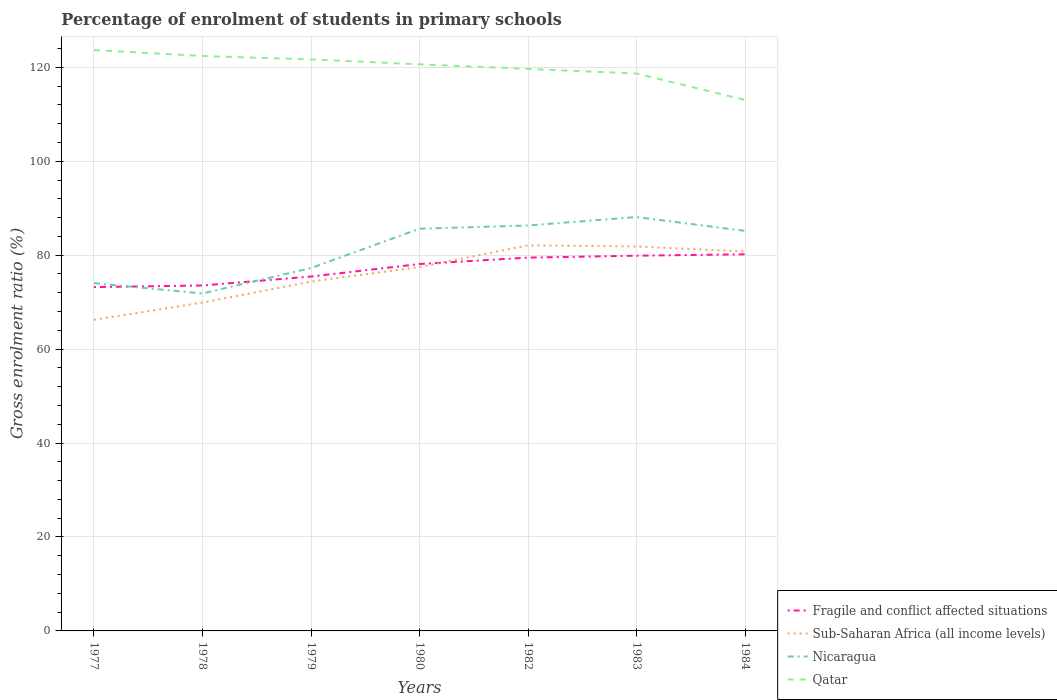
| Years | Fragile and conflict affected situations | Sub-Saharan Africa (all income levels) | Nicaragua | Qatar |
 | --- | --- | --- | --- | --- |
 | 1977 | 73.2 | 66.3 | 74 | 124 |
 | 1978 | 73.6 | 69.9 | 71.9 | 122 |
 | 1979 | 75.5 | 74.4 | 77.3 | 122 |
 | 1980 | 78.1 | 77.5 | 85.6 | 121 |
 | 1982 | 79.5 | 82.1 | 86.3 | 120 |
 | 1983 | 79.9 | 81.9 | 88.1 | 119 |
 | 1984 | 80.2 | 80.8 | 85.2 | 113 |